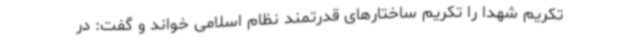
تکریم شهدا را تکریم ساختارهای قدرتمند نظام اسلامی خواند و گفت: در